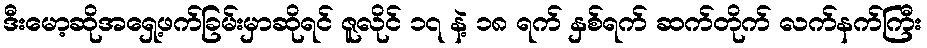
ဒီးမော့ဆိုအရှေ့ဖက်ခြမ်းမှာဆိုရင် ဇူလိုင် ၁၇ နဲ့ ၁၈ ရက် နှစ်ရက် ဆက်တိုက် လက်နက်ကြီး